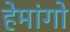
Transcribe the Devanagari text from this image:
हेमांगो